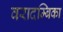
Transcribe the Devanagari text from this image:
वरादम्बिका